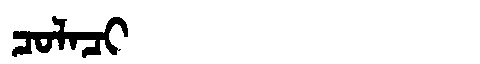
Manchu: ᠴᠣᠯᠠᠴᡳ
Romanization: COLACI